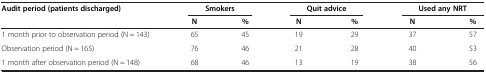
| Audit period (patients discharged) | <COLSPAN=2> Smokers | <COLSPAN=2> Quit advice | <COLSPAN=2> Used any NRT |
 |  | N | % | N | % | N | % |
 | --- | --- | --- | --- | --- | --- | --- |
 | 1 month prior to observation period (N = 143) | 65 | 45 | 19 | 29 | 37 | 57 |
 | Observation period (N = 165) | 76 | 46 | 21 | 28 | 40 | 53 |
 | 1 month after observation period (N = 148) | 68 | 46 | 13 | 19 | 38 | 56 |